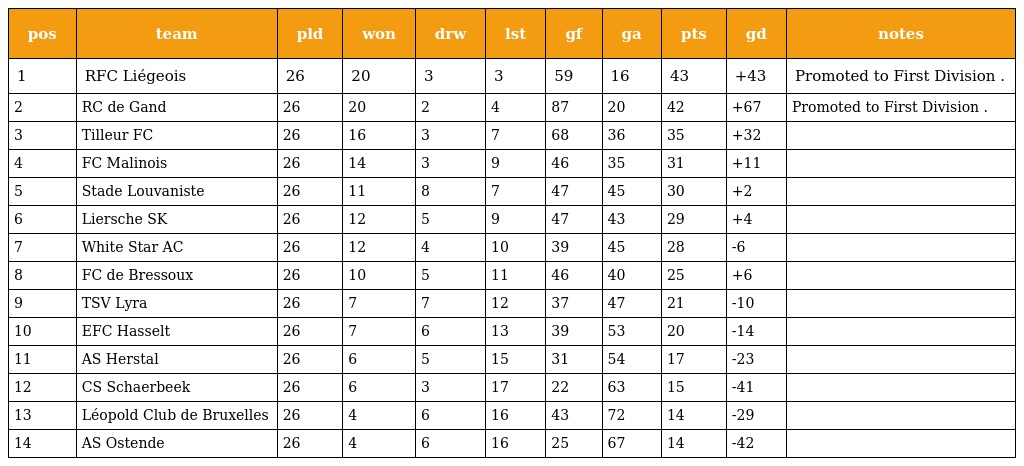
| pos | team | pld | won | drw | lst | gf | ga | pts | gd | notes |
 | --- | --- | --- | --- | --- | --- | --- | --- | --- | --- | --- |
 | 1 | RFC Liégeois | 26 | 20 | 3 | 3 | 59 | 16 | 43 | +43 | Promoted to First Division . |
 | 2 | RC de Gand | 26 | 20 | 2 | 4 | 87 | 20 | 42 | +67 | Promoted to First Division . |
 | 3 | Tilleur FC | 26 | 16 | 3 | 7 | 68 | 36 | 35 | +32 |  |
 | 4 | FC Malinois | 26 | 14 | 3 | 9 | 46 | 35 | 31 | +11 |  |
 | 5 | Stade Louvaniste | 26 | 11 | 8 | 7 | 47 | 45 | 30 | +2 |  |
 | 6 | Liersche SK | 26 | 12 | 5 | 9 | 47 | 43 | 29 | +4 |  |
 | 7 | White Star AC | 26 | 12 | 4 | 10 | 39 | 45 | 28 | -6 |  |
 | 8 | FC de Bressoux | 26 | 10 | 5 | 11 | 46 | 40 | 25 | +6 |  |
 | 9 | TSV Lyra | 26 | 7 | 7 | 12 | 37 | 47 | 21 | -10 |  |
 | 10 | EFC Hasselt | 26 | 7 | 6 | 13 | 39 | 53 | 20 | -14 |  |
 | 11 | AS Herstal | 26 | 6 | 5 | 15 | 31 | 54 | 17 | -23 |  |
 | 12 | CS Schaerbeek | 26 | 6 | 3 | 17 | 22 | 63 | 15 | -41 |  |
 | 13 | Léopold Club de Bruxelles | 26 | 4 | 6 | 16 | 43 | 72 | 14 | -29 |  |
 | 14 | AS Ostende | 26 | 4 | 6 | 16 | 25 | 67 | 14 | -42 |  |